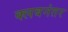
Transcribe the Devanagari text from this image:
क्लबनंतर